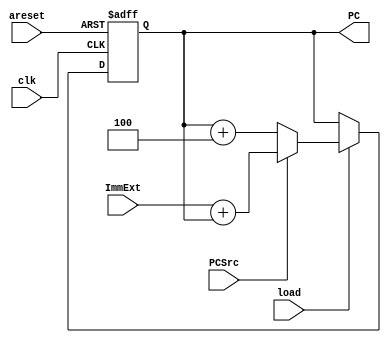
module PC (
 input areset,PCSrc,clk,load,
 input [31:0] ImmExt,
 output reg [31:0] PC
);
reg [31:0] PCNext;

always@(*)
begin
 if(PCSrc)
  PCNext = ImmExt + PC;
 else
  PCNext = PC + 3'b100;
end

always@(posedge clk,negedge areset)
begin
  if(!areset)
    PC <= 32'h0000_0000;
  else if(load)
    PC <= PCNext;
end

endmodule